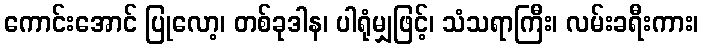
ကောင်းအောင် ပြုလော့၊ တစ်ခုဒါန၊ ပါရုံမျှဖြင့်၊ သံသရာကြီး၊ လမ်းခရီးကား၊